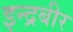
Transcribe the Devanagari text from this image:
इन्द्रबीर